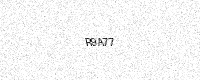
Text: R9A77